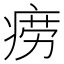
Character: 痨